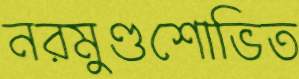
নরমুণ্ডশোভিত